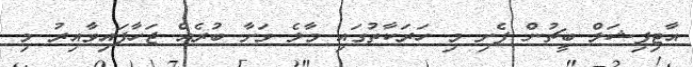
އާޓިފިޝަލް ބީޗުން ފެށި މި ހަރަކާތުގައި މާލެ ވަށާ ބުރެއް ޖަހާފައިވާއިރު މި